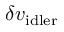
\delta v _ { \mathrm { { i d l e r } } }